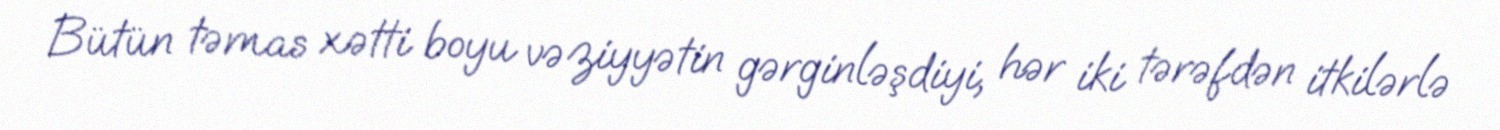
Bütün təmas xətti boyu vəziyyətin gərginləşdiyi, hər iki tərəfdən itkilərlə